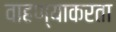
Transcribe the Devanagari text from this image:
वाहण्याकरता